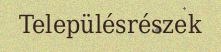
Településrészek